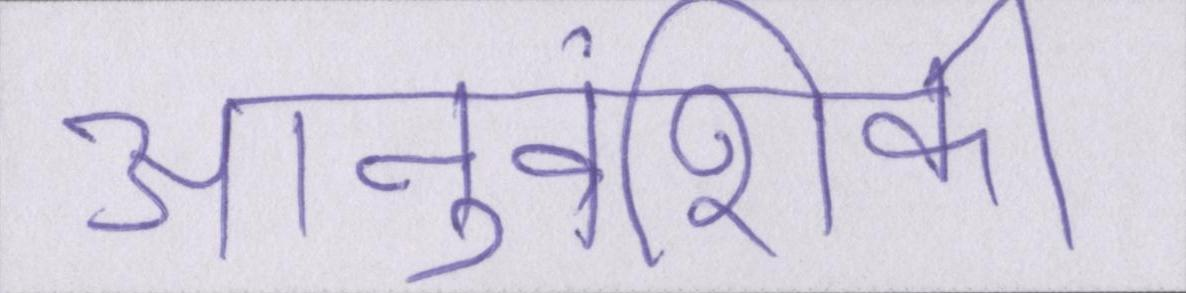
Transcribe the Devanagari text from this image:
आनुवंशिकी